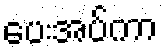
ပေးအပ်ကာ